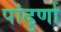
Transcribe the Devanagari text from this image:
पांढुर्णा